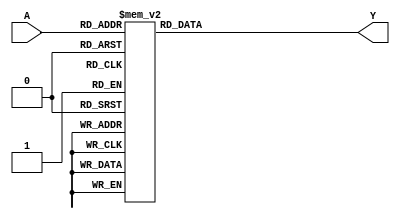
`timescale 1ns / 1ps
//////////////////////////////////////////////////////////////////////////////////
// Company: 
// Engineer: 
// 
// Design Name: 
// Module Name: decoder_38
// Project Name: 
// Target Devices: 
// Tool Versions: 
// Description: 
// 
// Dependencies: 
// 
// Revision:
// Revision 0.01 - File Created
// Additional Comments:
// 
//////////////////////////////////////////////////////////////////////////////////


module decoder_38(A, Y);
  input [2:0] A;
  output reg [7:0] Y;

  always @(A)
  begin
    case(A)
      3'd0: Y = 8'b1111_1110;
      3'd1: Y = 8'b1111_1101;
      3'd2: Y = 8'b1111_1011;
      3'd3: Y = 8'b1111_0111;
      3'd4: Y = 8'b1110_1111;
      3'd5: Y = 8'b1101_1111;
      3'd6: Y = 8'b1011_1111;
      3'd7: Y = 8'b0111_1111;
    endcase
  end
endmodule